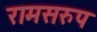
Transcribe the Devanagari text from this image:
रामसरुप